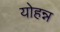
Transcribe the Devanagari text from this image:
योहन्न